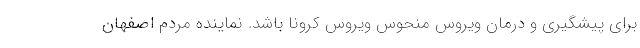
برای پیشگیری و درمان ویروس منحوس ویروس کرونا باشد. نماینده مردم اصفهان